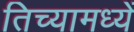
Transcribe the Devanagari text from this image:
तिच्यामध्यें